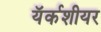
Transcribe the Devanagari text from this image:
यॅर्कशीयर